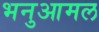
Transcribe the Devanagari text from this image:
भनुआमल